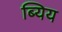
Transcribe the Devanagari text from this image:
ब्यिय